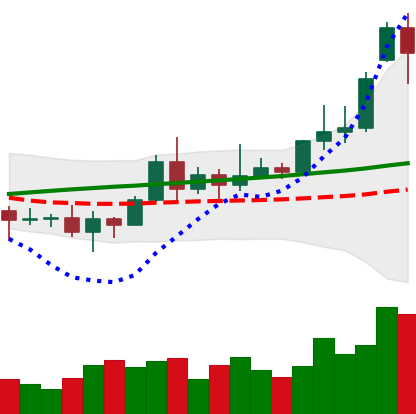
Ticker: XRP-USD
Chart end date: 2020-11-18
Forward return: 108.679%
Label: up_7plus